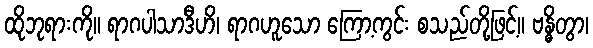
ထိုဘုရားကို။ ရာဂပါသာဒီဟိ၊ ရာဂဟူသော ကြော့ကွင်း စသည်တို့ဖြင့်။ ဗန္ဓိတွာ၊